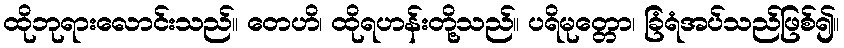
ထိုဘုရားလောင်းသည်။ တေဟိ၊ ထိုရဟန်းတို့သည်။ ပရိမုတ္တော၊ ခြံရံအပ်သည်ဖြစ်၍။